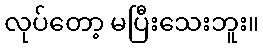
လုပ်တော့ မပြီးသေးဘူး။